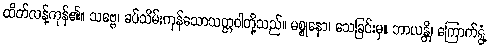
ထိတ်လန့်ကုန်၏။ သဗ္ဗေ၊ ခပ်သိမ်းကုန်သောသတ္တဝါတို့သည်။ မစ္စုနော၊ သေခြင်းမှ။ ဘာယန္တိ၊ ကြောက်ရွံ့